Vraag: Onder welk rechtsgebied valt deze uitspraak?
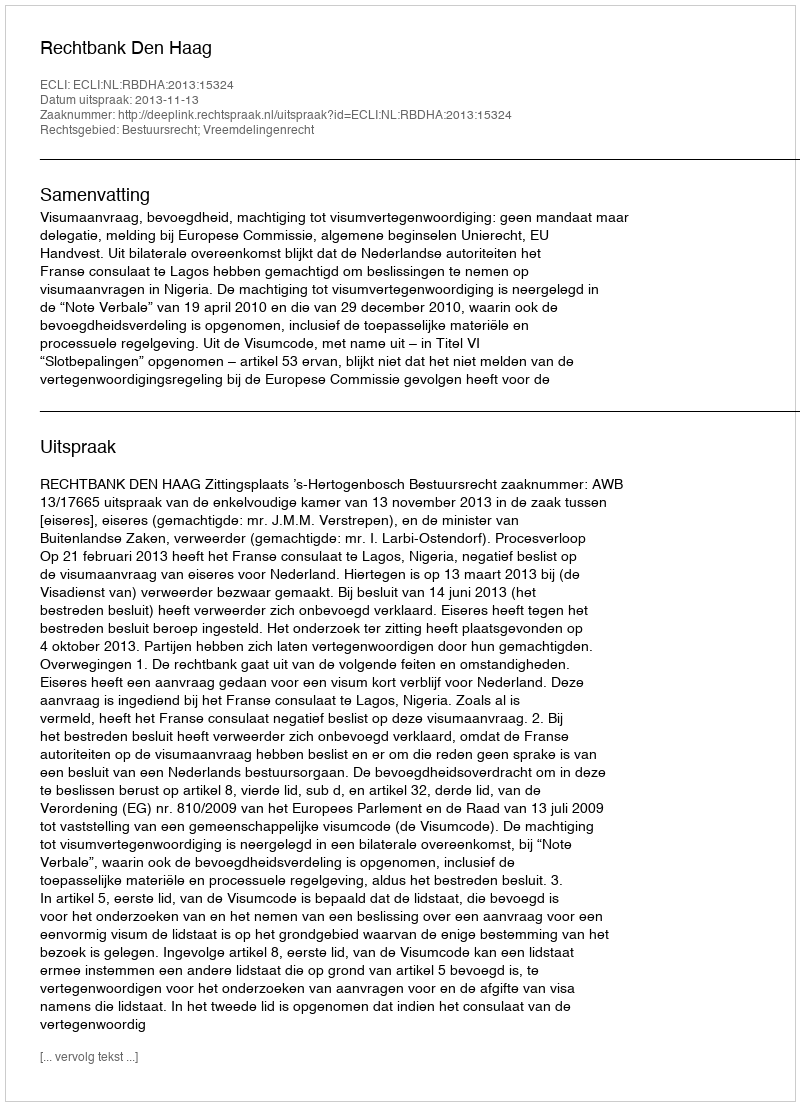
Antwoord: Bestuursrecht; Vreemdelingenrecht